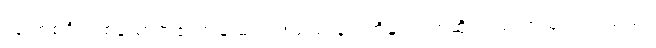
လူ တစ်ဦးတစ်ယောက်၏ကျန်းမာရေးသည် နတ်တို့နှင့်သက်ဆိုင်သည်ဟုယုံကြည်သည်။